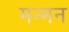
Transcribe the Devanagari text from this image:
मन्मन